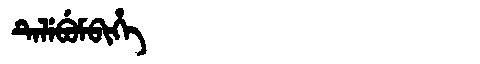
Manchu: ᡨᡝᠯᡝᠪᡠᠮᠪᡳᡥᡝ
Romanization: TELEBUMBIHE